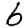
Digit: 6